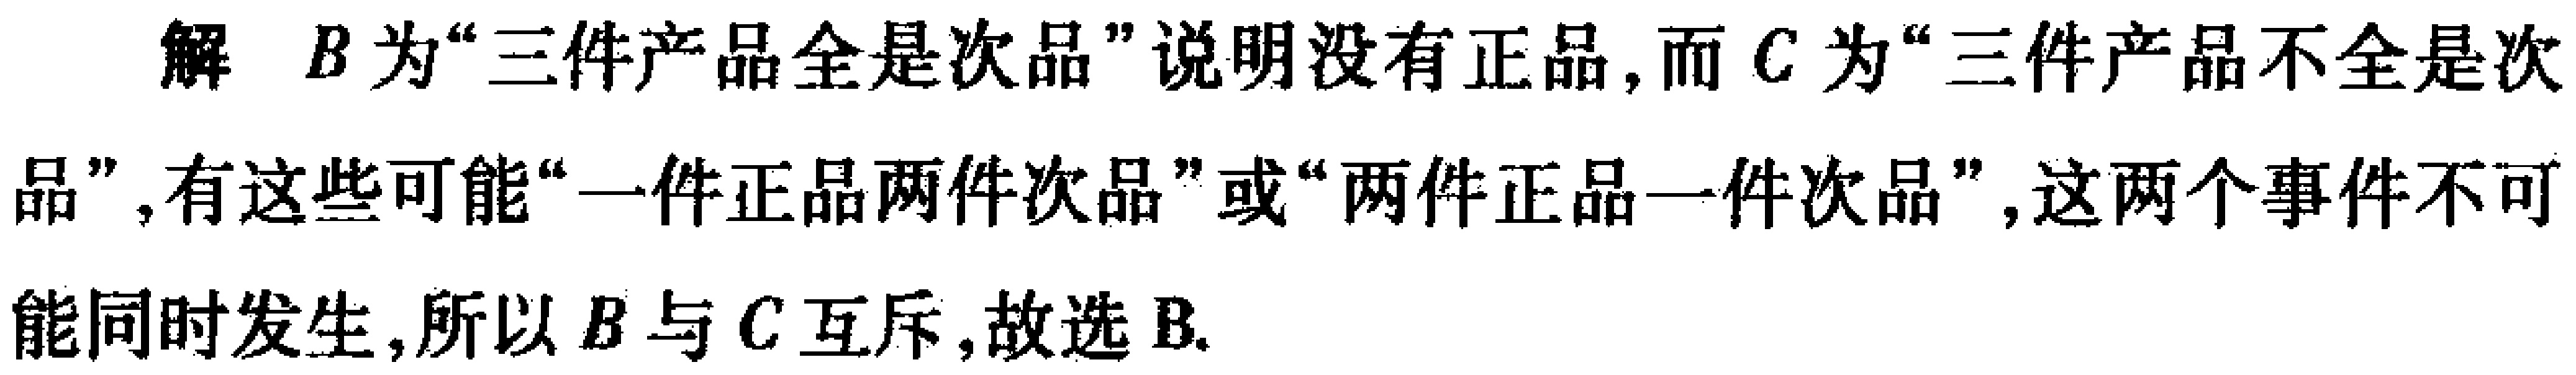
解 \(B\)为“三件产品全是次品”说明没有正品,而 \(C\)为“三件产品不全是次品”,有这些可能“一件正品两件次品”或“两件正品一件次品”,这两个事件不可能同时发生,所以 \(B\)与 \(C\)互斥,故选B.